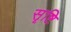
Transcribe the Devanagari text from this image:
सॄष्टि